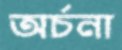
অর্চনা